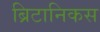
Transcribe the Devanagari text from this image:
ब्रिटानिकस